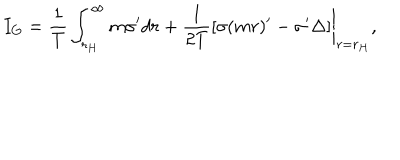
LaTeX: I _ { G } = \frac { 1 } { T } \int _ { r _ { H } } ^ { \infty } m \sigma ^ { \prime } d r + \left. \frac { 1 } { 2 T } [ \sigma ( m r ) ^ { \prime } - \sigma ^ { \prime } \Delta ] \right| _ { r = r _ { H } } ,